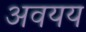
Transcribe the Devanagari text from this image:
अवयय